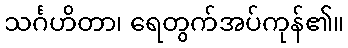
သင်္ဂဟိတာ၊ ရေတွက်အပ်ကုန်၏။